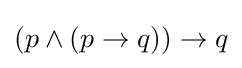
(p\wedge (p\rightarrow q))\rightarrow q